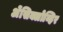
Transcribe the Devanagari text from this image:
ॲेसिक्लोव्हिर